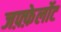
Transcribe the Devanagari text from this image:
जफ़्फ़ेर्लोट